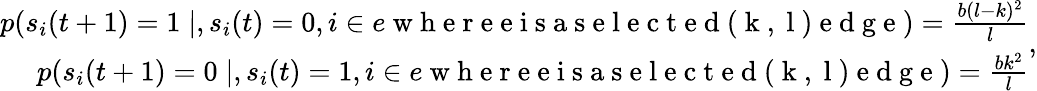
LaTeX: \begin{array}{r}{p(s_{i}(t+1)=1\mid,s_{i}(t)=0,i\in e\mathrm{~w~h~e~r~e~e~i~s~a~s~e~l~e~c~t~e~d~(~k~,~l~)~e~d~g~e~})=\frac{b(l-k)^{2}}{l}}\\ {p(s_{i}(t+1)=0\mid,s_{i}(t)=1,i\in e\mathrm{~w~h~e~r~e~e~i~s~a~s~e~l~e~c~t~e~d~(~k~,~l~)~e~d~g~e~})=\frac{bk^{2}}{l}}\end{array},